Report of the Municipal Commissioner on the plague in Bombay for the year ending 31st May... - Volume 1
Disease focus: Plague
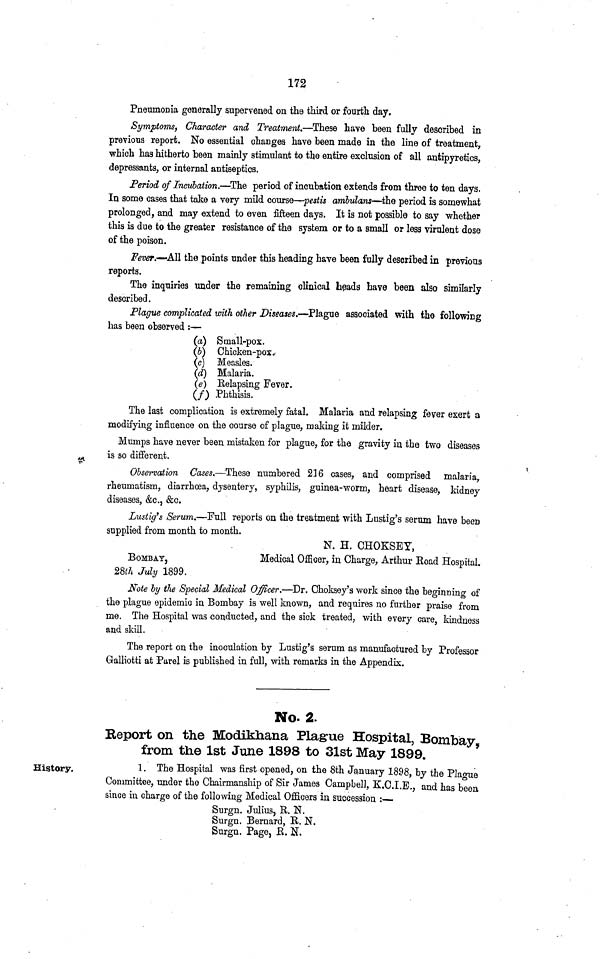
172
Pneumonia generally supervened on the third or fourth day.
Symptoms, Character and Treatment.—These have been fully described in
previous report. No essential changes have been made in the line of treatment,
which has hitherto been mainly stimulant to the entire exclusion of all antipyretics,
depressants, or internal antiseptics.
Period of Incubation.—The period of incubation extends from three to ten days.
In some cases that take a very mild course—pestis ambulans—the period is somewhat
prolonged, and may extend to even fifteen days. It is not possible to say whether
this is due to the greater resistance of the system or to a small or less virulent dose
of the poison.
Fever.—All the points under this heading have been fully described in previous
reports.
The inquiries under the remaining clinical heads have been also similarly
described.
Plague complicated with other Diseases.—Plague associated with the following
has been observed :—
(a) Small-pox.
(b) Chicken-pox.
(c) Measles.
(d) Malaria.
(e) Relapsing Fever.
(f) Phthisis.
The last complication is extremely fatal. Malaria and relapsing fever exert a
modifying influence on the course of plague, making it milder.
Mumps have never been mistaken for plague, for the gravity in the two diseases
is so different.
Observation Cases.—These numbered 216 cases, and comprised malaria,
rheumatism, diarrhoea, dysentery, syphilis, guinea-worm, heart disease, kidney
diseases, &c., &c.
Lustig's Serum.—Full reports on the treatment with Lustig's serum have been
supplied from month to month.
N. H. CHOKSEY,
BOMBAY,
Medical Officer, in Charge, Arthur Road Hospital.
28th July 1899.
Note by the Special Medical Officer.—Dr. Choksey's work since the beginning of
the plague epidemic in Bombay is well known, and requires no further praise from
me. The Hospital was conducted, and the sick treated, with every care, kindness
and skill.
The report on the inoculation by Lustig's serum as manufactured by Professor
Galliotti at Parel is published in full, with remarks in the Appendix.
No. 2.
Report on the Modikhana Plague Hospital, Bombay
from the 1st June 1898 to 31st May 1899.
History.
1. The Hospital was first opened, on the 8th January 1898, by the Plague
Committee, under the Chairmanship of Sir James Campbell, K.C.I.E.. and has been
since in charge of the following Medical Officers in succession :—
Surgn. Julius, R. N.
Surgn. Bernard, R. N.
Surgn, Page, R. N.